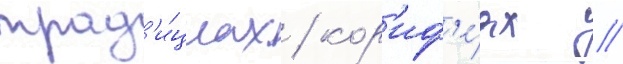
трад'и́циах / кор'иф'е́ях //